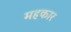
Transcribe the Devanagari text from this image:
महकार